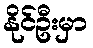
နိုင်ဦးမှာ